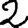
Digit: 2